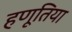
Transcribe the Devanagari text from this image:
हणूतिया